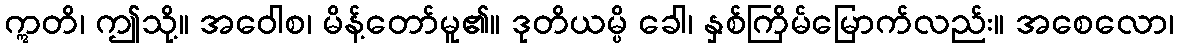
ဣတိ၊ ဤသို့။ အဝေါစ၊ မိန့်တော်မူ၏။ ဒုတိယမ္ပိ ခေါ၊ နှစ်ကြိမ်မြောက်လည်း။ အစေလော၊